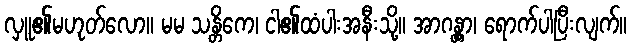
လှူ၏မဟုတ်လော။ မမ သန္တိကေ၊ ငါ၏ထံပါးအနီးသို့။ အာဂန္တွာ၊ ရောက်ပါပြီးလျက်။